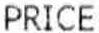
PRICE